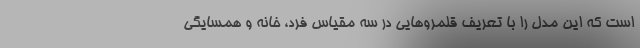
است که این مدل را با تعریف قلمروهایی در سه مقیاس فرد، خانه و همسایگی